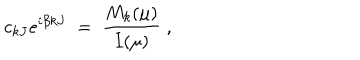
c _ { k J } e ^ { i \beta k J } \; = \; \frac { M _ { k } ( \mu ) } { I ( \mu ) } \; ,